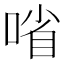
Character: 㗂